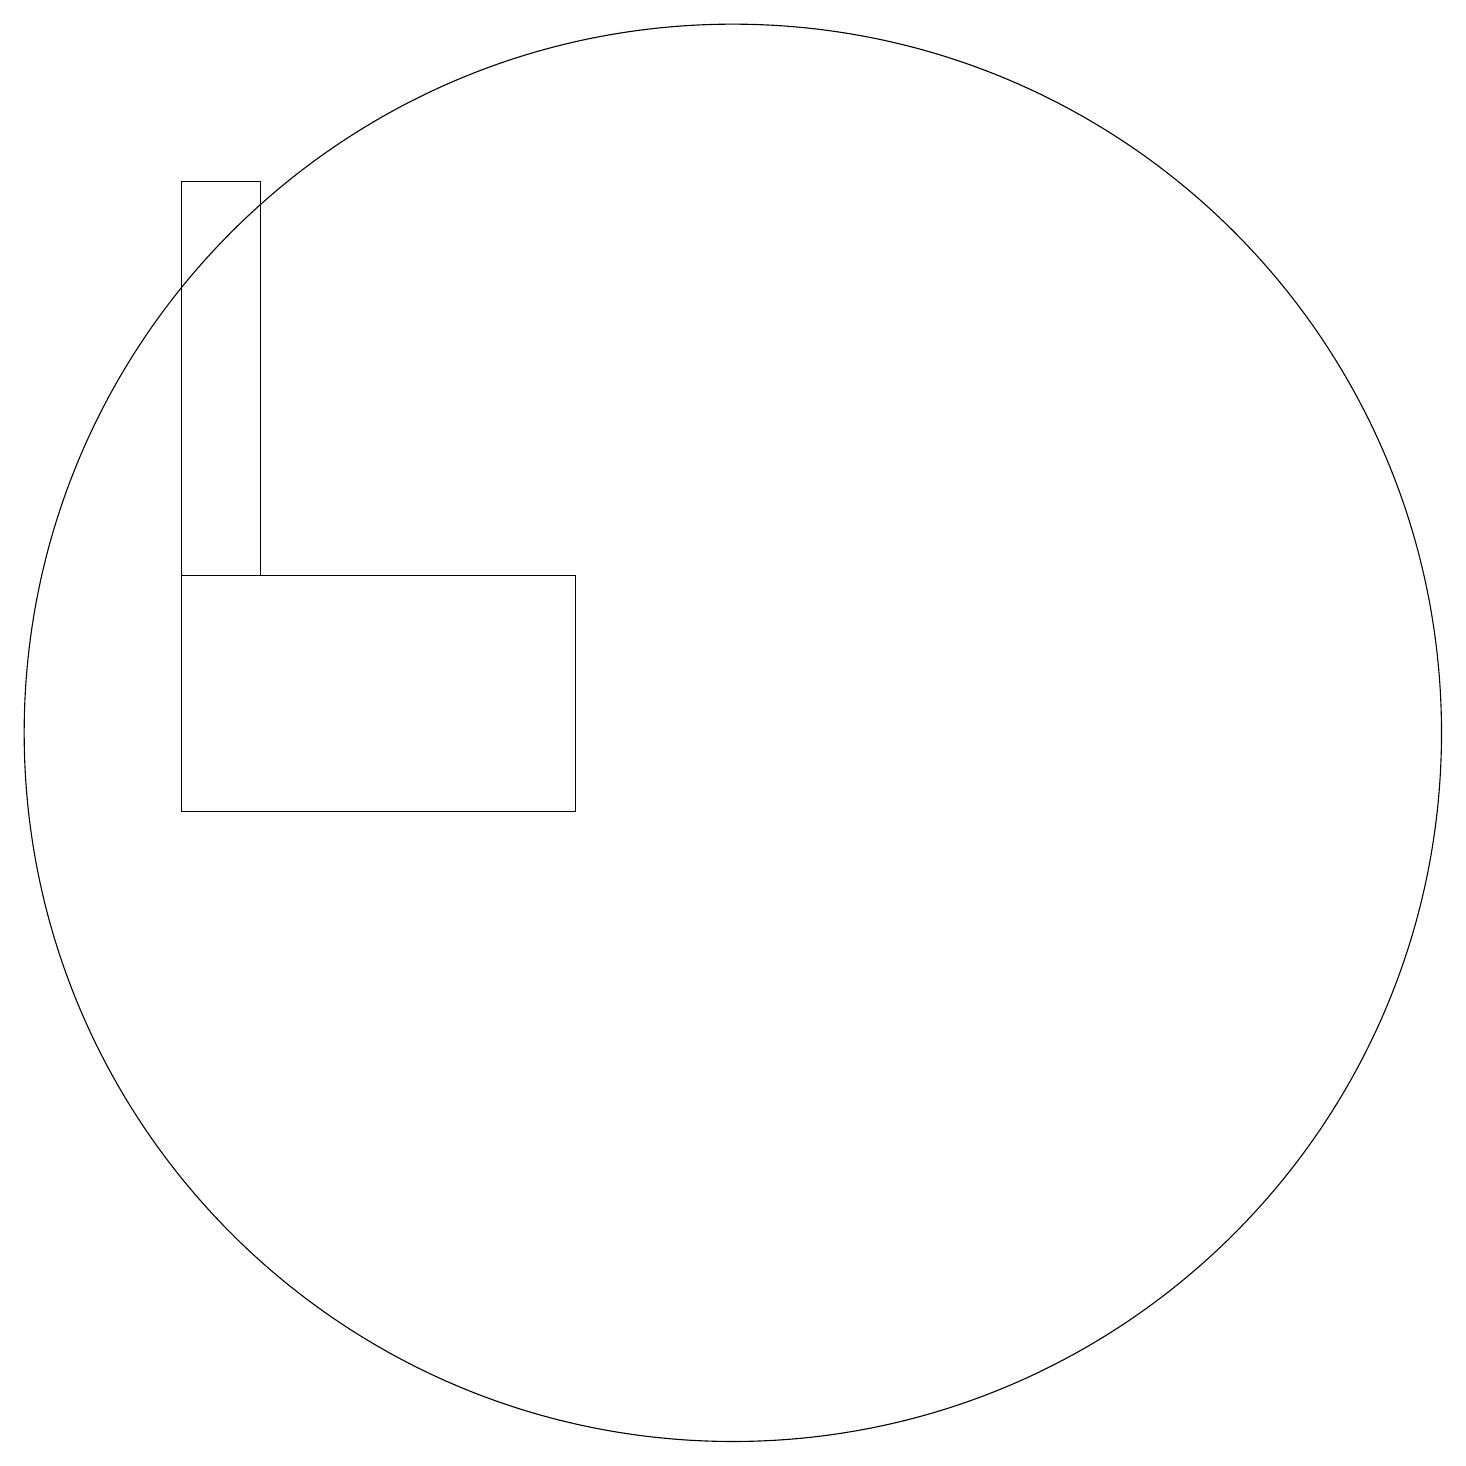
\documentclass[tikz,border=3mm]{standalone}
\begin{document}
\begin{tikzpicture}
\draw (9,11) rectangle (4,14);
\draw (11,12) circle (9);
\draw (4,19) rectangle (5,14);
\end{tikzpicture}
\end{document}